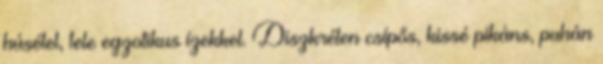
húsétel, tele egzotikus ízekkel. Diszkréten csípős, kissé pikáns, puhán